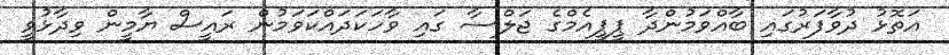
އަތޮޅު ދުވާފަރުގައި ބާއްވަމުންދާ ޕީޕީއެމްގެ ޖަލްސާ ގައި ވާހަކަދައްކަވަމުން ރައީސް ޔާމީން ވިދާޅުވީ